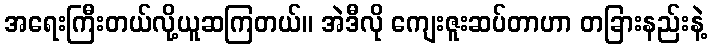
အရေးကြီးတယ်လို့ယူဆကြတယ်။ အဲဒီလို ကျေးဇူးဆပ်တာဟာ တခြားနည်းနဲ့